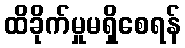
ထိခိုက်မှုမရှိစေရန်